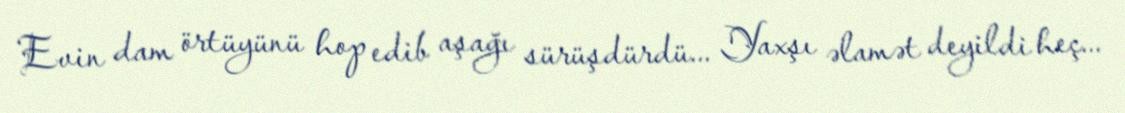
Evin dam örtüyünü hop edib aşağı sürüşdürdü... Yaxşı əlamət deyildi heç...